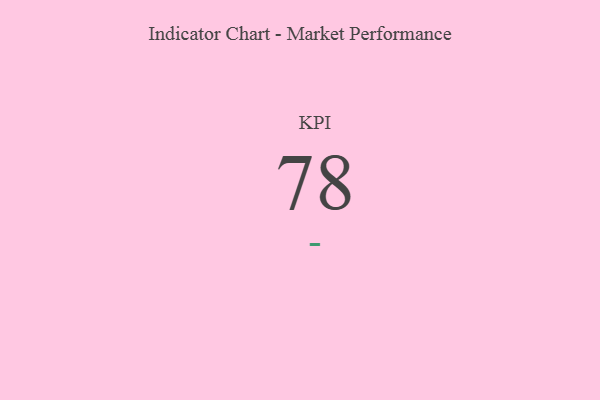
{"axis": {"x": "KPI", "y": "Value"}, "legend": [""], "data": [{"x": "KPI", "y": 78, "type": ""}]}